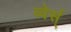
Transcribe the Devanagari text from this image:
ब्वेर्स्